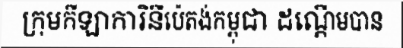
ក្រុមកីឡាការិនីប៉េតង់កម្ពុជា ដណ្តើមបាន